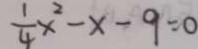
\frac { 1 } { 4 } x ^ { 2 } - x - 9 = 0